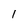
Character: 1